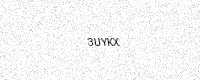
Text: 3UYKX